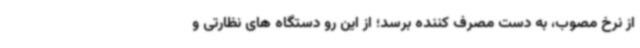
از نرخ مصوب، به دست مصرف کننده برسد؛ از این رو دستگاه های نظارتی و